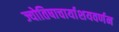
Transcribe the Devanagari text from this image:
ज्योतिषाचार्याशयवर्णन